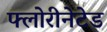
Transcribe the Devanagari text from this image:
फ्लोरीनेटेड